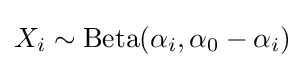
X_{i}\sim \operatorname {Beta} (\alpha _{i},\alpha _{0}-\alpha _{i})